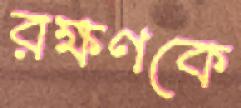
রক্ষণকে